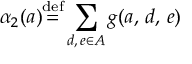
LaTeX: \alpha _ { 2 } ( a ) { \stackrel { \mathrm { d e f } } { = } } \displaystyle \sum _ { d , \, e \in A } g ( a , \, d , \, e )